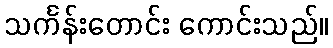
သင်္ကန်းတောင်း ကောင်းသည်။